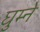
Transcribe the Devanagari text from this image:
घुम्ने